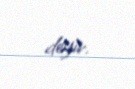
deyir.